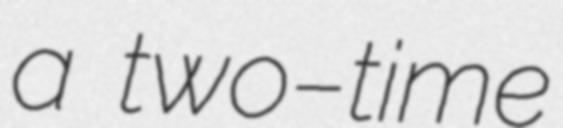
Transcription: a two–time